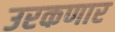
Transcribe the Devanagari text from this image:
उरकणार